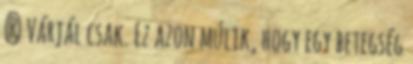
? Várjál csak. Ez azon múlik, hogy egy betegség